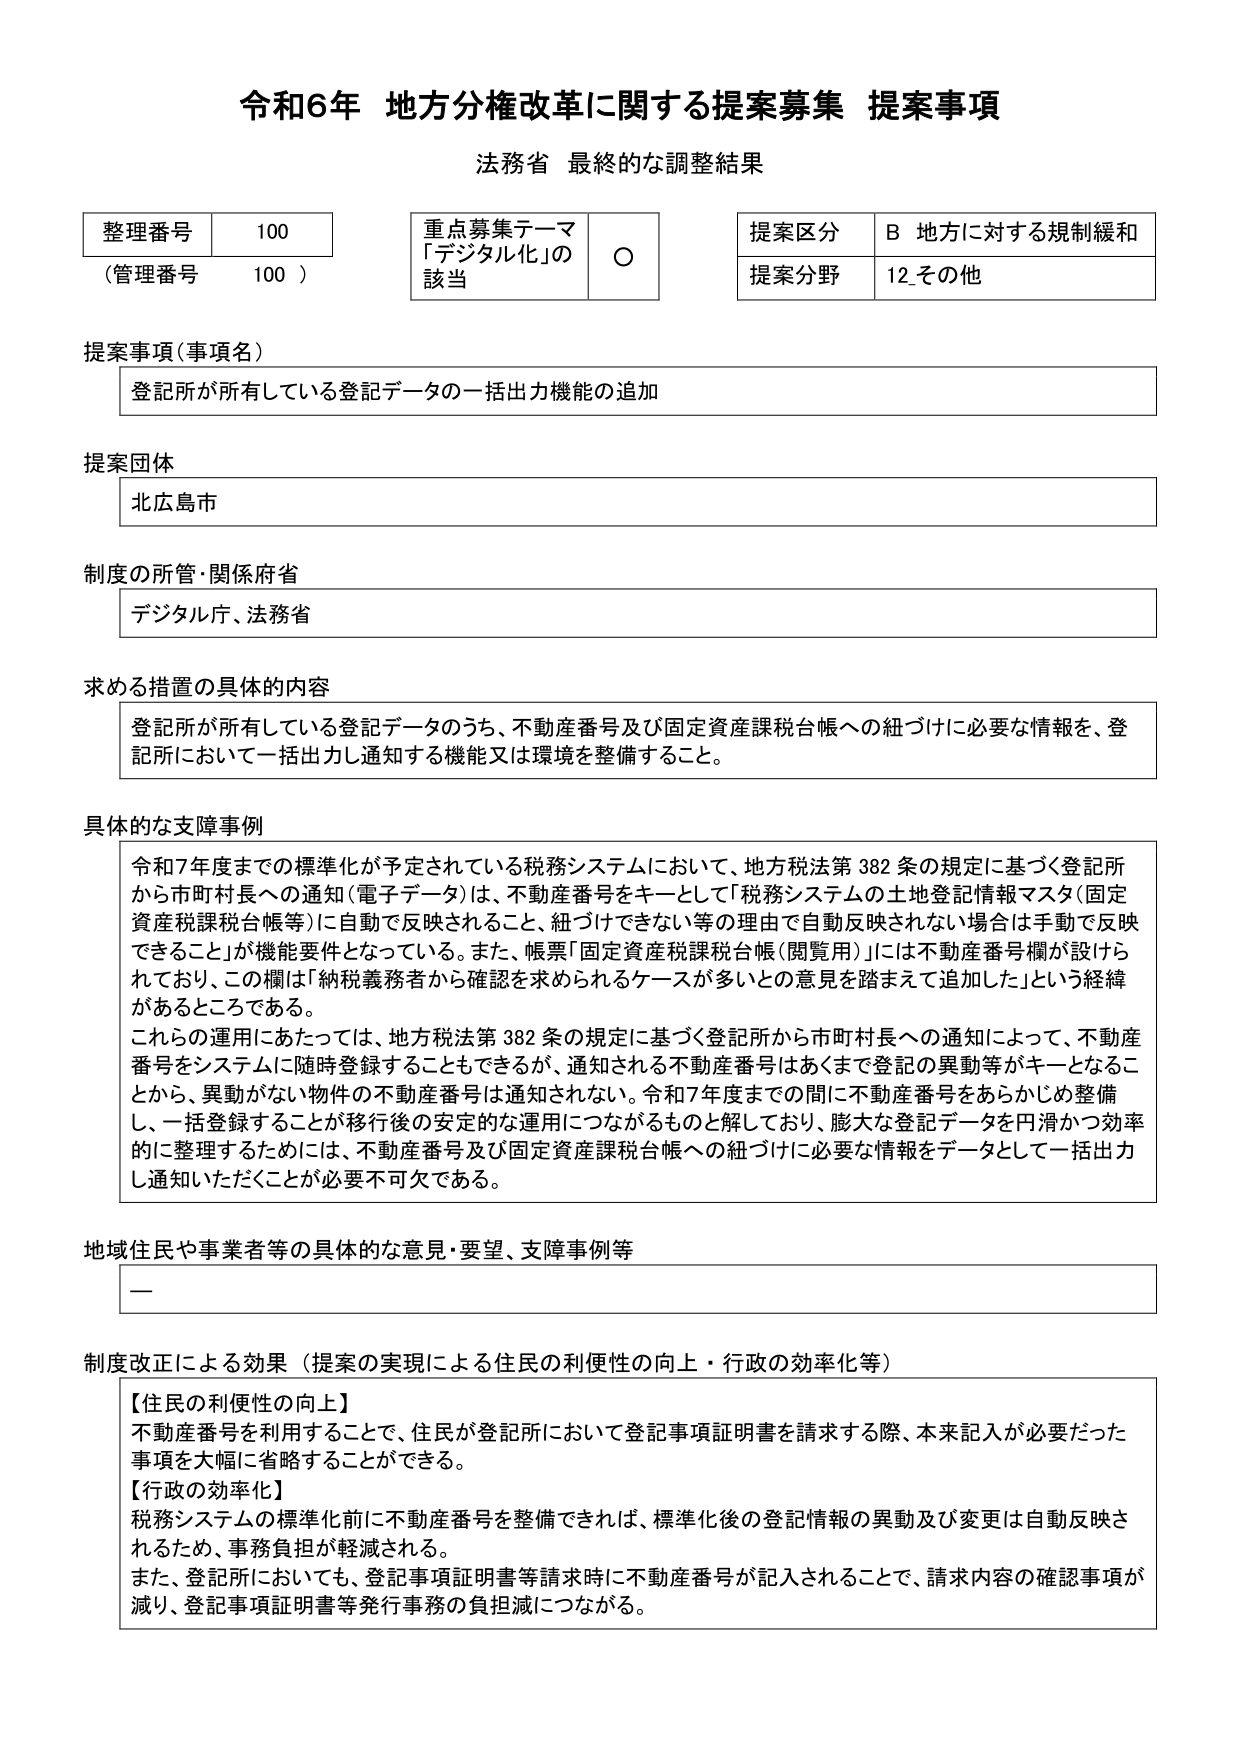
令和6年 地方分権改革に関する提案募集 提案事項
法務省 最終的な調整結果

整理番号 100
（管理番号 100）

重点募集テーマ
「デジタル化」の
該当 ○

提案区分 B 地方に対する規制緩和
提案分野 12 その他

提案事項（事項名）
登記所が所有している登記データの一括出力機能の追加

提案団体
北広島市

制度の所管・関係府省
デジタル庁、法務省

求める措置の具体的な内容
登記所が所有している登記データのうち、不動産番号及び固定資産課税台帳への紐づけに必要な情報を、登記所において一括出力し通知する機能又は環境を整備すること。

具体的な支障事例
令和7年度までの標準化が予定されている税務システムにおいて、地方税法第382条の規定に基づく登記所から市町村長への通知（電子データ）は、不動産番号をキーとして「税務システムの土地登記情報マスタ（固定資産税課税台帳等）に自動で反映されること、紐づけできない等の理由で自動反映されない場合は手動で反映できること」が機能要件となっている。また、帳票「固定資産税課税台帳（閲覧用）」には不動産番号欄が設けられており、この欄は「納税義務者から確認を求められるケースが多いとの意見を踏まえて追加した」という経緯があるところである。
これらの運用にあたっては、地方税法第382条の規定に基づく登記所から市町村長への通知によって、不動産番号をシステムに随時登録することもできるが、通知される不動産番号はあくまで登記の異動等がキーとなることから、異動がない物件の不動産番号は通知されない。令和7年度までの間に不動産番号をあらかじめ整備し、一括登録することが移行後の安定的な運用につながるものと解しており、膨大な登記データを円滑かつ効率的に整理するためには、不動産番号及び固定資産課税台帳への紐づけに必要な情報をデータとして一括出力し通知いただくことが必要不可欠である。

地域住民や事業者等の具体的な意見・要望、支障事例等
ー

制度改正による効果（提案の実現による住民の利便性の向上・行政の効率化等）
【住民の利便性の向上】
不動産番号を利用することで、住民が登記所において登記事項証明書を請求する際、本来記入が必要だった事項を大幅に省略することができる。
【行政の効率化】
税務システムの標準化前に不動産番号を整備できれば、標準化後の登記情報の異動及び変更は自動反映されるため、事務負担が軽減される。
また、登記所においても、登記事項証明書等請求時に不動産番号が記入されることで、請求内容の確認事項が減り、登記事項証明書等発行事務の負担減につながる。